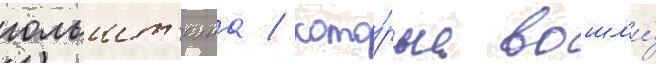
гольшт'еина / кото́рые вошл'и́